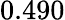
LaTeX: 0.490